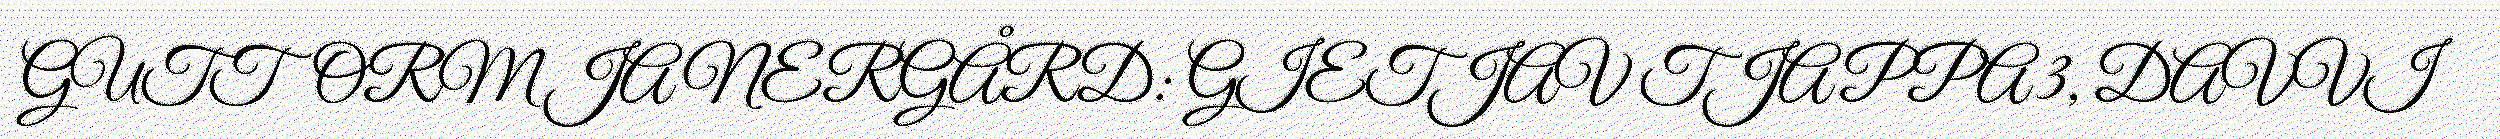
GUTTORM JA NERGÅRD: GIETJAV TJAPPA 3, DAVVI